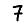
Digit: 7